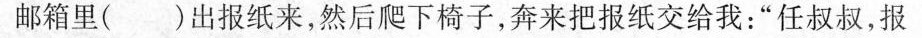
邮箱里( )出报纸来，然后爬下椅子，奔来把报纸交给我：”任叔叔，报